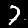
Label: 7